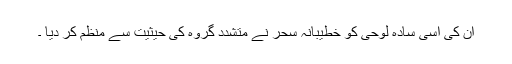
ان کی اسی سادہ لوحی کو خطیبانہ سحر نے متشدد گروہ کی حیثیت سے منظم کر دیا ۔